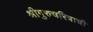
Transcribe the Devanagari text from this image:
श्रीगुरुचरित्राची